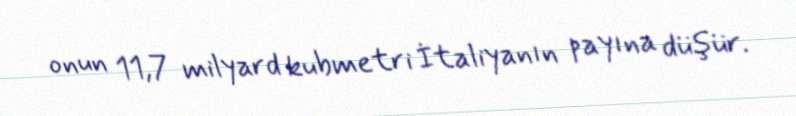
onun 11,7 milyard kubmetri İtaliyanın payına düşür.